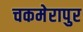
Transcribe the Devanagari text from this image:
चकमेरापुर